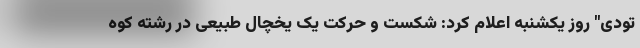
تودی" روز یکشنبه اعلام کرد: شکست و حرکت یک یخچال طبیعی در رشته کوه